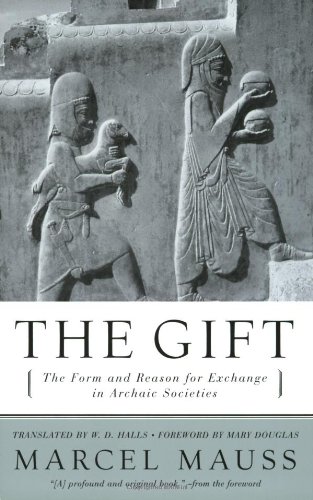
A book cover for The Gift: The Form and Reason for Exchange in Archaic Societies; Marcel Mauss; Science & Math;